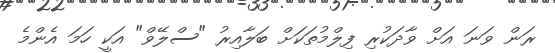
ރަން ވަނަ އަށް ވާދަކުރި ފިލްމުތަކަށް ބަލާއިރު "ސްލޭވް" އަކީ ހަމަ އެންމެ